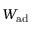
W _ { \mathrm { a d } }